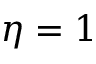
\eta = 1